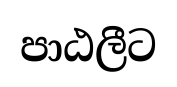
පාඨලීට